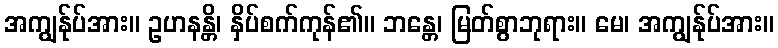
အကျွန်ုပ်အား။ ဥဟနန္တိ၊ နှိပ်စက်ကုန်၏။ ဘန္တေ၊ မြတ်စွာဘုရား။ မေ၊ အကျွန်ုပ်အား။